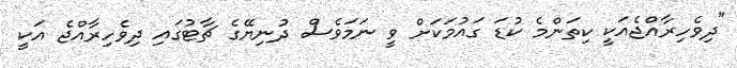
"ދިވެހިރާއްޖެއަކީ ކިތަންމެ ކުޑަ ގައުމަކަށް ވީ ނަމަވެސް ދުނިޔޭގެ ޗާޓުގައި ދިވެހިރާއްޖެ އަކީ